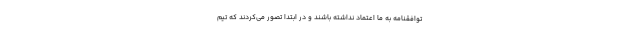
توافقنامه به ما اعتماد نداشته باشند و در ابتدا تصور می‌کردند که تیم